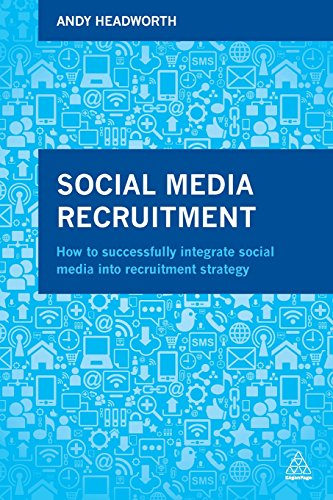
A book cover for Social Media Recruitment: How to Successfully Integrate Social Media into Recruitment Strategy; Andy Headworth; Computers & Technology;